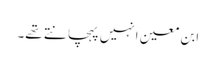
ابن معین انہیں پہچانتے تھے۔